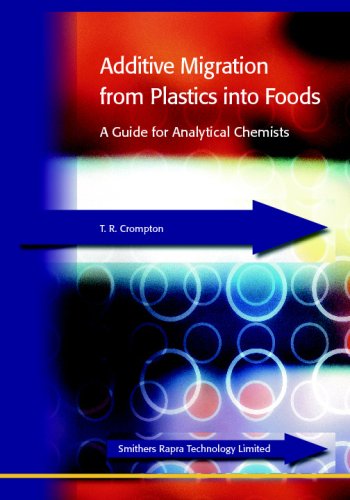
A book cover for Additive Migration from Plastics into Foods; TR Crompton; Health, Fitness & Dieting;